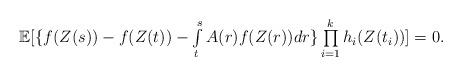
LaTeX: \begin{align*}\begin{array}{l}\mathbb{E}[\{f(Z(s))-f(Z(t))-\int\limits_t^s A(r)f(Z(r))dr\}\prod\limits_{i=1}^k h_i(Z(t_i))]=0.\end{array}\end{align*}